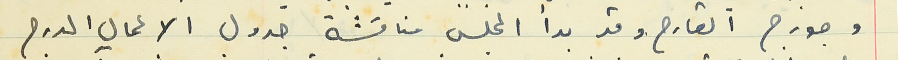
وجورج القارح وقد بدأ المجلس مناقشة جدول الاعمال المدرج